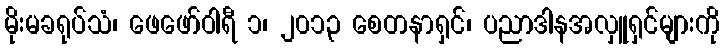
မိုးမခရုပ်သံ၊ ဖေဖော်ဝါရီ ၁၊ ၂၀၁၃ စေတနာရှင်၊ ပညာဒါနအလှူရှင်များကို